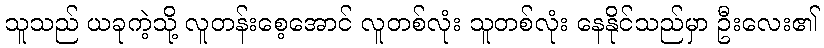
သူသည် ယခုကဲ့သို့ လူတန်းစေ့အောင် လူတစ်လုံး သူတစ်လုံး နေနိုင်သည်မှာ ဦးလေး၏